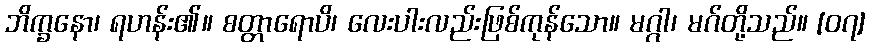
ဘိက္ခနော၊ ရဟန်း၏။ စတ္တာရောပိ၊ လေးပါးလည်းဖြစ်ကုန်သော။ မဂ္ဂါ၊ မဂ်တို့သည်။ [၀၇]